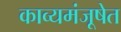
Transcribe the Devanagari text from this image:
काव्यमंजूषेत